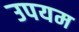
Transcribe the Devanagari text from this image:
उपयम